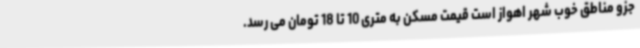
جزو مناطق خوب شهر اهواز است قیمت مسکن به متری 10 تا 18 تومان می رسد.